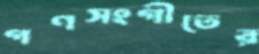
গণসংগীতের